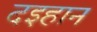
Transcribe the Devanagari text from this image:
दइहान